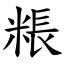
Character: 粻